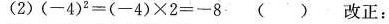
(2)$$( - 4 ) ^ { 2 } = ( - 4 ) \times 2= - 8$$ ( ) 改正：